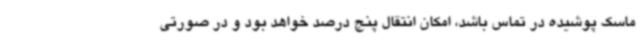
ماسک پوشیده در تماس باشد، امکان انتقال پنج درصد خواهد بود و در صورتی